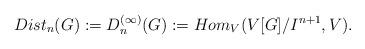
LaTeX: \begin{align*}\;Dist_n(G):=D_n^{(\infty)}(G):=Hom_V(V[G]/I^{n+1},V).\end{align*}